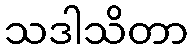
သဒါသိတာ